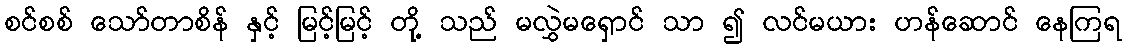
စင်စစ် သော်တာစိန် နှင့် မြင့်မြင့် တို့ သည် မလွှဲမရှောင် သာ ၍ လင်မယား ဟန်ဆောင် နေကြရ